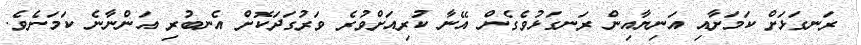
ރަނގަޅަށް ކަމަށާއި އަނިޔާއިން ރަނގަޅުވެގެން އޭނާ ކުރިއަށްވުރެ ވަރުގަދަކޮށް އެނބުރި އަންނާނެ ކަމަށެވެ.